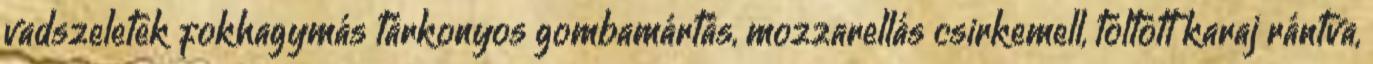
vadszeletek fokhagymás tárkonyos gombamártás, mozzarellás csirkemell, töltött karaj rántva,